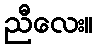
ညီလေး။